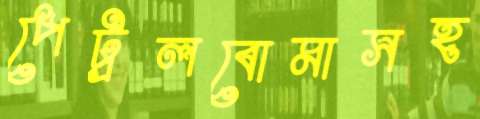
পেট্রলবোমাসহ